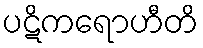
ပဋိကရောဟီတိ